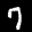
Label: 7